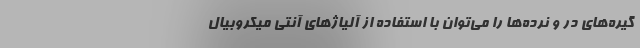
گیره‌های در و نرده‌ها را می‌توان با استفاده از آلیاژهای آنتی میکروبیال